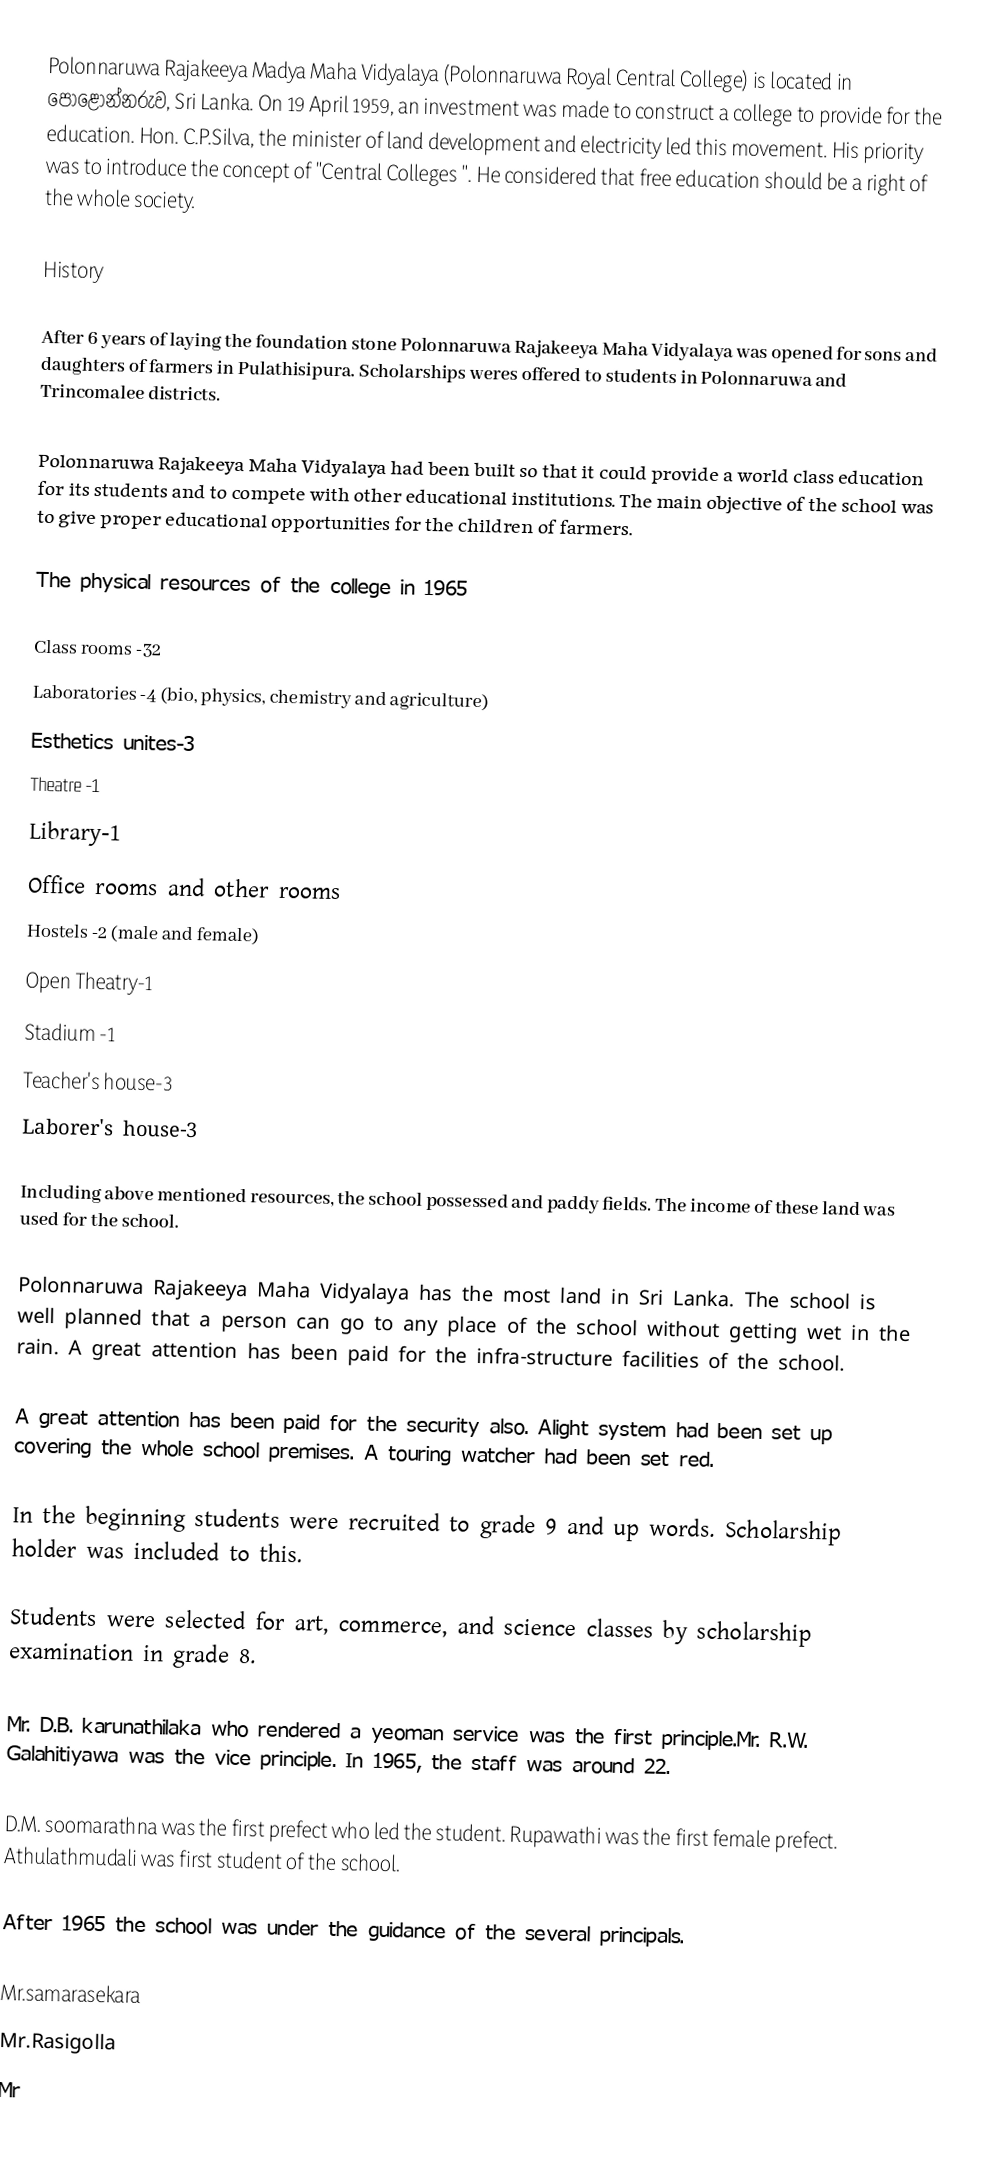
Polonnaruwa Rajakeeya Madya Maha Vidyalaya (Polonnaruwa Royal Central College) is located in පොළොන්නරුව, Sri Lanka.  On 19 April 1959, an investment was made to construct a college to provide for the education. Hon. C.P.Silva, the minister of land development and electricity led this movement. His priority was to introduce the concept of "Central Colleges ". He considered that free education should be a right of the whole society.

History

After 6 years of laying the foundation stone Polonnaruwa Rajakeeya Maha Vidyalaya was opened for sons and daughters of farmers in Pulathisipura. Scholarships weres offered to students in Polonnaruwa and Trincomalee districts.

Polonnaruwa Rajakeeya Maha Vidyalaya had been built so that it could provide a world class education for its students and to compete with other educational institutions. The main objective of the school was to give proper educational opportunities for the children of farmers.

The physical resources of the college in 1965

Class rooms -32
Laboratories -4 (bio, physics, chemistry and agriculture)
Esthetics unites-3
Theatre -1
Library-1
Office rooms and other rooms
Hostels -2 (male and female)
Open Theatry-1
Stadium -1
Teacher's house-3
Laborer's house-3

Including above mentioned resources, the school possessed  and paddy fields. The income of these land was used for the school.

Polonnaruwa Rajakeeya Maha Vidyalaya has the most land in Sri Lanka. The school is well planned that a person can go to any place of the school without getting wet in the rain. A great attention has been paid for the infra-structure facilities of the school.

A great attention has been paid for the security also. Alight system had been set up covering the whole school premises. A touring watcher had been set red.

In the beginning students were recruited to grade 9 and up words. Scholarship holder was included to this.

Students were selected for art, commerce, and science classes by scholarship examination in grade 8.

Mr. D.B. karunathilaka who rendered a yeoman service was the first principle.Mr. R.W. Galahitiyawa was the vice principle. In 1965, the staff was around 22.

D.M. soomarathna was the first prefect who led the student. Rupawathi was the first female prefect. Athulathmudali was first student of the school.

After 1965 the school was under the guidance of the several principals.

Mr.samarasekara
Mr.Rasigolla
Mr